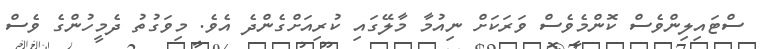
ސްޓައިލިންވެސް ކޮންމެވެސް ވަރަކަށް ނިއުމާ މާލޭގައި ކުރިއަށްގެންދެ އެވެ. މިވަގުތު ދެމީހުންގެ ވެސް